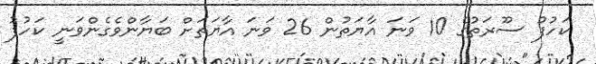
ކަހުފު ސޫރަތުގެ 10 ވަނަ އާޔަތުން 26 ވަނަ އާޔަތަށް ބަޔާންވެގެންވަނީ ކަހުފު